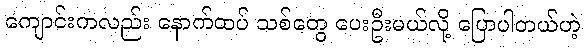
ကျောင်းကလည်း နောက်ထပ် သစ်တွေ ပေးဦးမယ်လို့ ပြောပါတယ်ဟဲ့